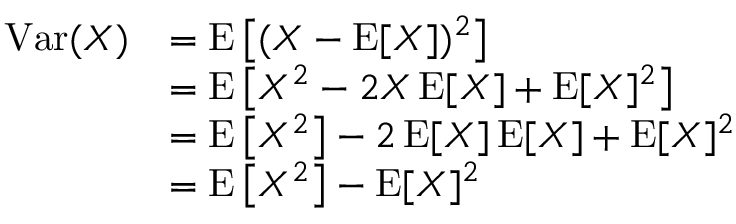
{ \begin{array} { r l } { \operatorname { V a r } ( X ) } & { = \operatorname { E } \left[ ( X - \operatorname { E } [ X ] ) ^ { 2 } \right] } \\ & { = \operatorname { E } \left[ X ^ { 2 } - 2 X \operatorname { E } [ X ] + \operatorname { E } [ X ] ^ { 2 } \right] } \\ & { = \operatorname { E } \left[ X ^ { 2 } \right] - 2 \operatorname { E } [ X ] \operatorname { E } [ X ] + \operatorname { E } [ X ] ^ { 2 } } \\ & { = \operatorname { E } \left[ X ^ { 2 } \right] - \operatorname { E } [ X ] ^ { 2 } } \end{array} }